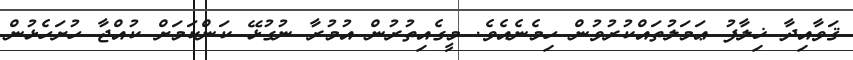
ޤަވާއިދާ ޚިލާފު ޢަމަލުތައްކުރުވުން ހިމެނެއެވެ. މީގެއިތުރުން އުމުރާ ނުގުޅޭ ކަންކަމަށް ކުއްޖާ ހުށަހެޅުން